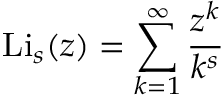
\mathrm { L i } _ { s } ( z ) = \sum _ { k = 1 } ^ { \infty } { \frac { z ^ { k } } { k ^ { s } } }